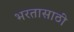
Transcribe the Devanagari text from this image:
भरतासाठी